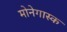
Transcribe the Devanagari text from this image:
मोनेगास्क